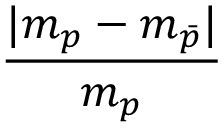
\frac { | m _ { p } - m _ { \bar { p } } | } { m _ { p } }